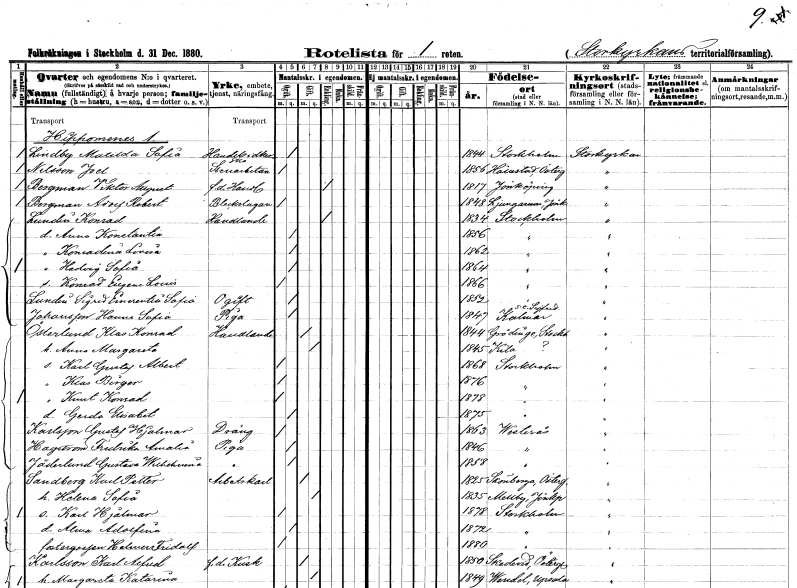
gt_parse: households: individuals: FN: Matilda Sofia
EN: Lindby
YRKE: Handelsidkerska
KON: K
CIV: O
FODAR: 1844
FODFORS: Stockholm
FN: Joel
EN: Nilsson
YRKE: Stenarbetare
KON: M
CIV: O
FODAR: 1856
FODFORS: Hällestad Östergötlands län
FN: Viktor August
EN: Bergman
YRKE: Handlande f.d.
KON: M
CIV: E
FODAR: 1817
FODFORS: Jönköping Jönköpings län
FN: Adolf Robert
EN: Bergman
YRKE: Bleckslagare
KON: M
CIV: O
FODAR: 1848
FODFORS: Ljungarum Jönköpings län
FN: Konrad
EN: Lundin
YRKE: Handlande
KON: M
CIV: E
FODAR: 1834
FODFORS: Stockholm
FN: Anna Konctantia
KON: K
CIV: O
FODAR: 1856
FODFORS: Stockholm
FN: Konradina Lovisa
KON: K
CIV: O
FODAR: 1862
FODFORS: Stockholm
FN: Hedvig Sofia
KON: K
CIV: O
FODAR: 1864
FODFORS: Stockholm
FN: Konrad Eugene Louis
KON: M
CIV: O
FODAR: 1866
FODFORS: Stockholm
FN: Sigrid Emerentia Sofia
EN: Lundin
KON: K
CIV: O
FODAR: 1852
FODFORS: Stockholm
FN: Hanna Sofia
EN: Johansson
YRKE: Piga
KON: K
CIV: O
FODAR: 1847
FODFORS: Sankt Sigfrid Kalmar län
FN: Klas Konrad
EN: Österlund
YRKE: Handlande
KON: M
CIV: G
FODAR: 1844
FODFORS: Grödinge Stockholms län
FN: Anna Margareta
KON: K
CIV: G
FODAR: 1845
FODFORS: Kila Södermanlands län
FN: Karl Gustaf Albert
KON: M
CIV: O
FODAR: 1868
FODFORS: Stockholm
FN: Klas Birger
KON: M
CIV: O
FODAR: 1876
FODFORS: Stockholm
FN: Knut Konrad
KON: M
CIV: O
FODAR: 1878
FODFORS: Stockholm
FN: Gerda Elisabet
KON: K
CIV: O
FODAR: 1875
FODFORS: Stockholm
FN: Gustaf Hjalmar
EN: Karlsson
YRKE: Dräng
KON: M
CIV: O
FODAR: 1863
FODFORS: Västerås Västmanlands län
FN: Fredrika Amalia
EN: Hagström
YRKE: Piga
KON: K
CIV: O
FODAR: 1846
FODFORS: Västerås Västmanlands län
FN: Gustava Wilhelmina
EN: Jäderlund
YRKE: Piga
KON: K
CIV: O
FODAR: 1858
FODFORS: Västerås Västmanlands län
FN: Karl Petter
EN: Sandberg
YRKE: Arbetskarl
KON: M
CIV: G
FODAR: 1825
FODFORS: Skönberga Östergötlands län
FN: Helena Sofia
KON: K
CIV: G
FODAR: 1835
FODFORS: Mellby Jönköpings län
FN: Karl Hjalmar
KON: M
CIV: O
FODAR: 1878
FODFORS: Stockholm
FN: Alma Adolfina
KON: K
CIV: O
FODAR: 1872
FODFORS: Stockholm
FN: Helmer Fridolf
KON: M
CIV: O
FODAR: 1880
FODFORS: Stockholm